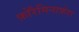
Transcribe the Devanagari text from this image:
फ़ोरैमिनाफ़ेरा